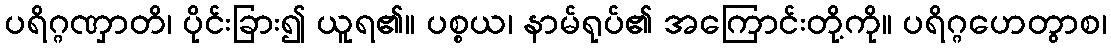
ပရိဂ္ဂဏှာတိ၊ ပိုင်းခြား၍ ယူရ၏။ ပစ္စယ၊ နာမ်ရုပ်၏ အကြောင်းတို့ကို။ ပရိဂ္ဂဟေတွာစ၊